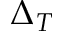
\Delta _ { T }